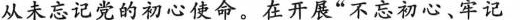
从未忘记党的初心使命。在开展”不忘初心、牢记